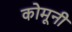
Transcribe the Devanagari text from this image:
कोमूनी